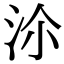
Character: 𣳅